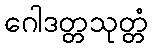
ဂေါဒတ္တသုတ္တံ